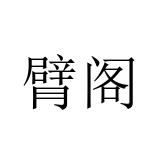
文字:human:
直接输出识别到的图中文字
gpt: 臂阁